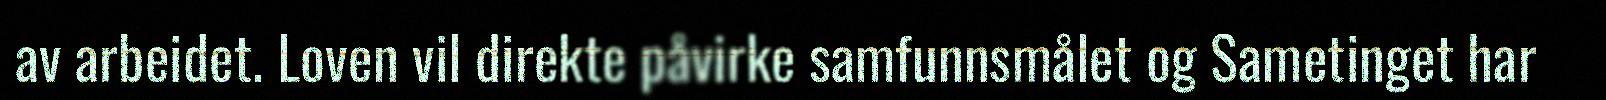
av arbeidet. Loven vil direkte påvirke samfunnsmålet og Sametinget har